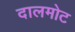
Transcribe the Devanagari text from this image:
दालमोट